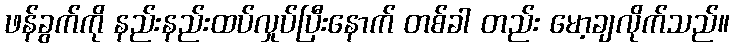
ဖန်ခွက်ကို နည်းနည်းထပ်လှုပ်ပြီးနောက် တစ်ခါ တည်း မော့ချလိုက်သည်။